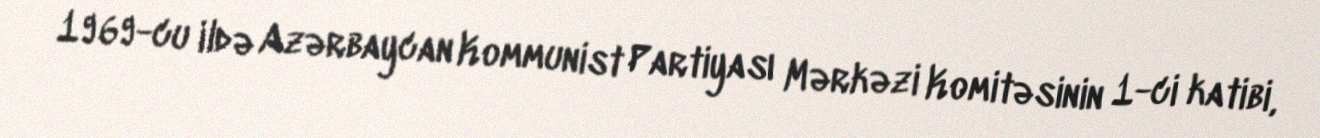
1969-cu ildə Azərbaycan Kommunist Partiyası Mərkəzi Komitəsinin 1-ci katibi,